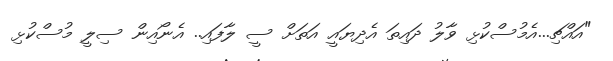
"އައްޗި...އެމުސްކުޅި ވާލު ދައިތަ އެދިޔައީ އަތަށް ސީ ލާފައި.. އެނޯއިން ސިލީ މުސްކުޅި